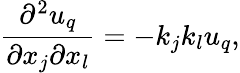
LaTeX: \frac{\partial^{2}u_{q}}{\partial x_{j}\partial x_{l}}=-k_{j}k_{l}u_{q},